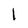
Character: 1